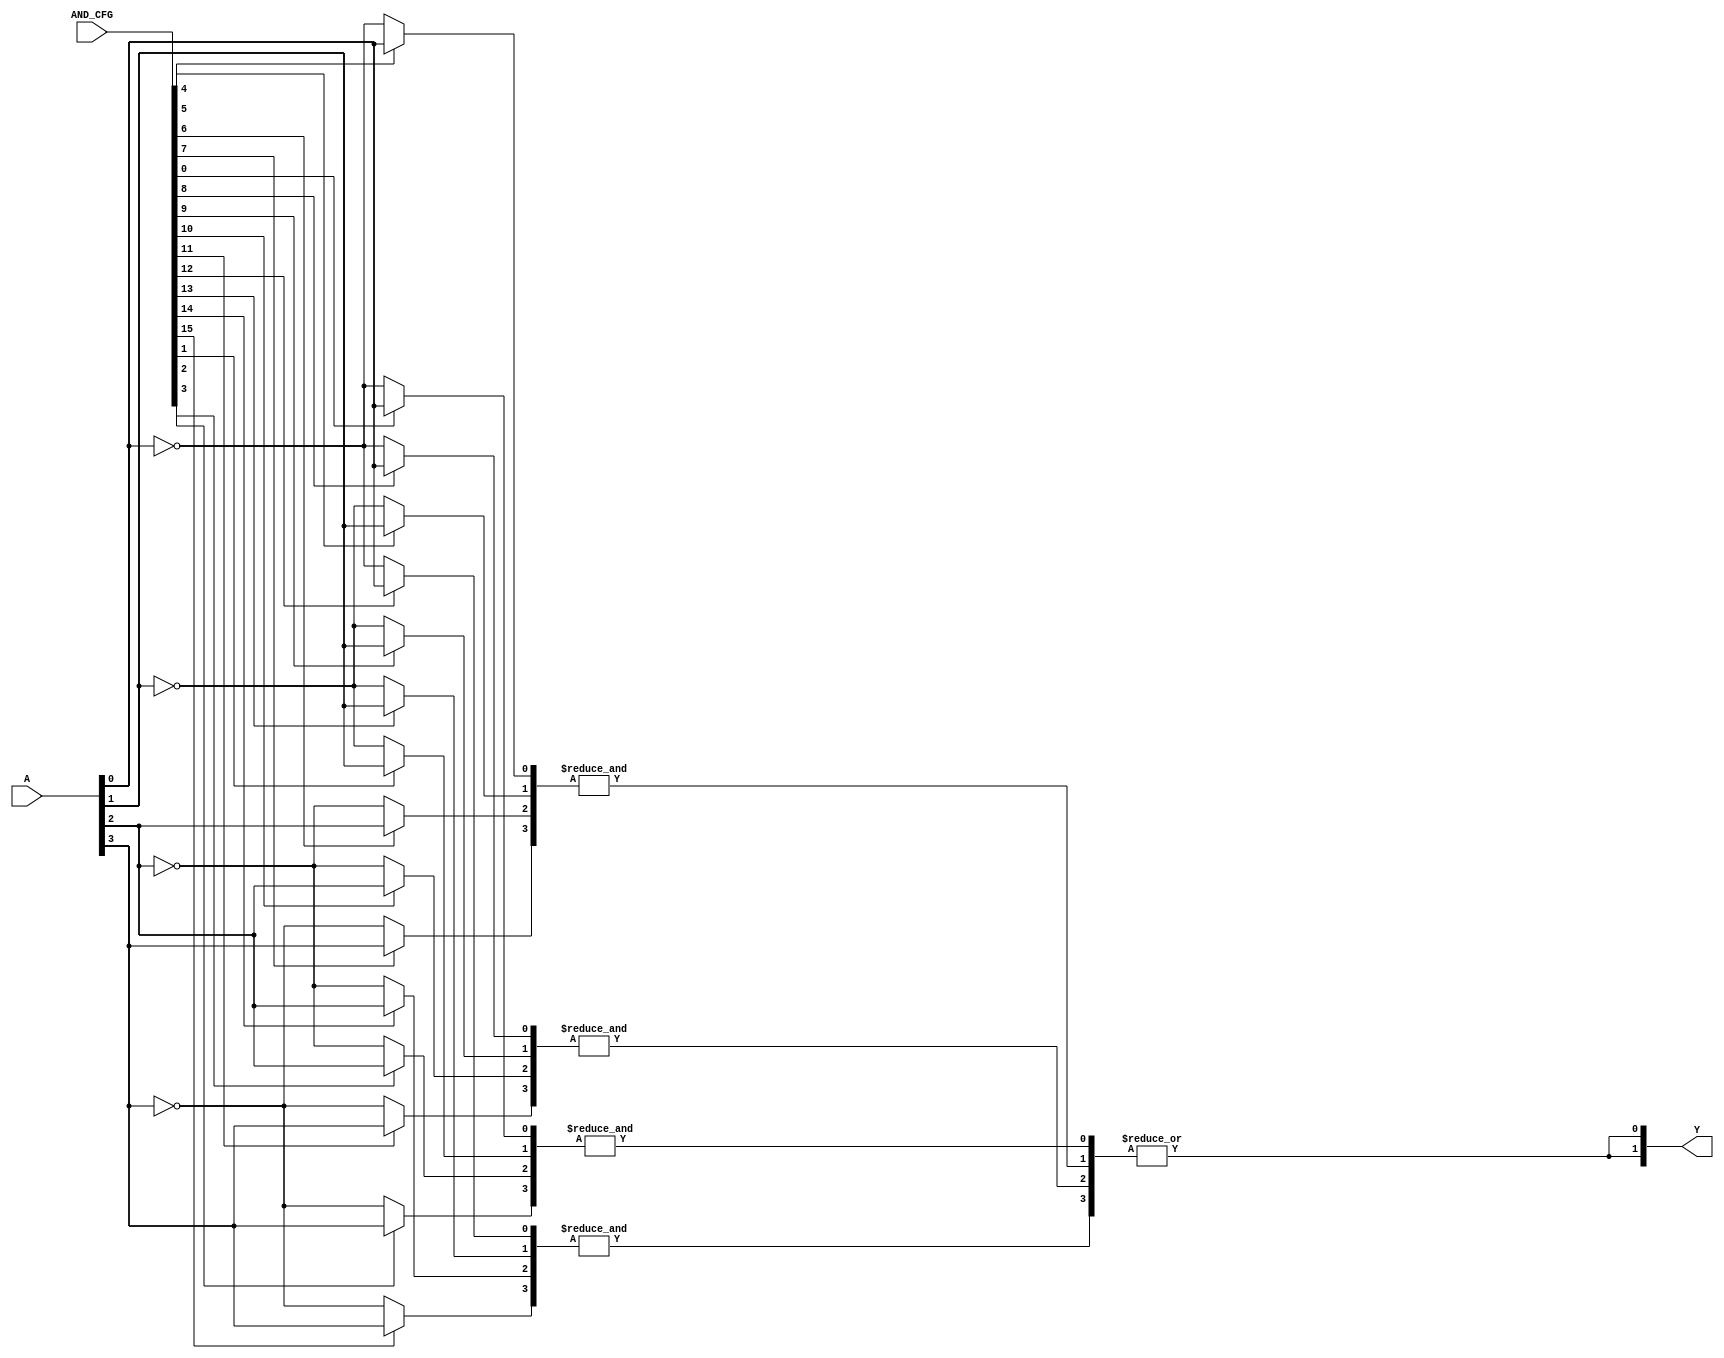
module SPAL #(
    parameter N = 4, // Number of inputs
    parameter M = 4, // Number of product terms
    parameter P = 2  // Number of outputs
)(
    input  wire [N-1:0] A,          // Input signals A1, A2, ..., An
    input  wire [M*N-1:0] AND_CFG,  // Configuration for AND gates (N bits for each of M product terms)
    output wire [P-1:0] Y           // Output signals Y1, Y2, ..., Yp
);

// Internal wires for AND gate outputs
wire [M-1:0] and_out;

// Generate programmable AND gates
genvar i, j;
generate
    for (i = 0; i < M; i = i + 1) begin : and_gates
        wire [N-1:0] and_inputs;
        for (j = 0; j < N; j = j + 1) begin : input_selection
            assign and_inputs[j] = AND_CFG[i*N + j] ? A[j] : ~A[j]; // Select input or its complement
        end
        assign and_out[i] = &and_inputs; // AND operation
    end
endgenerate

// Fixed OR array
generate
    for (i = 0; i < P; i = i + 1) begin : or_gates
        assign Y[i] = |and_out; // OR operation across all AND outputs (can be modified for specific outputs)
    end
endgenerate

endmodule